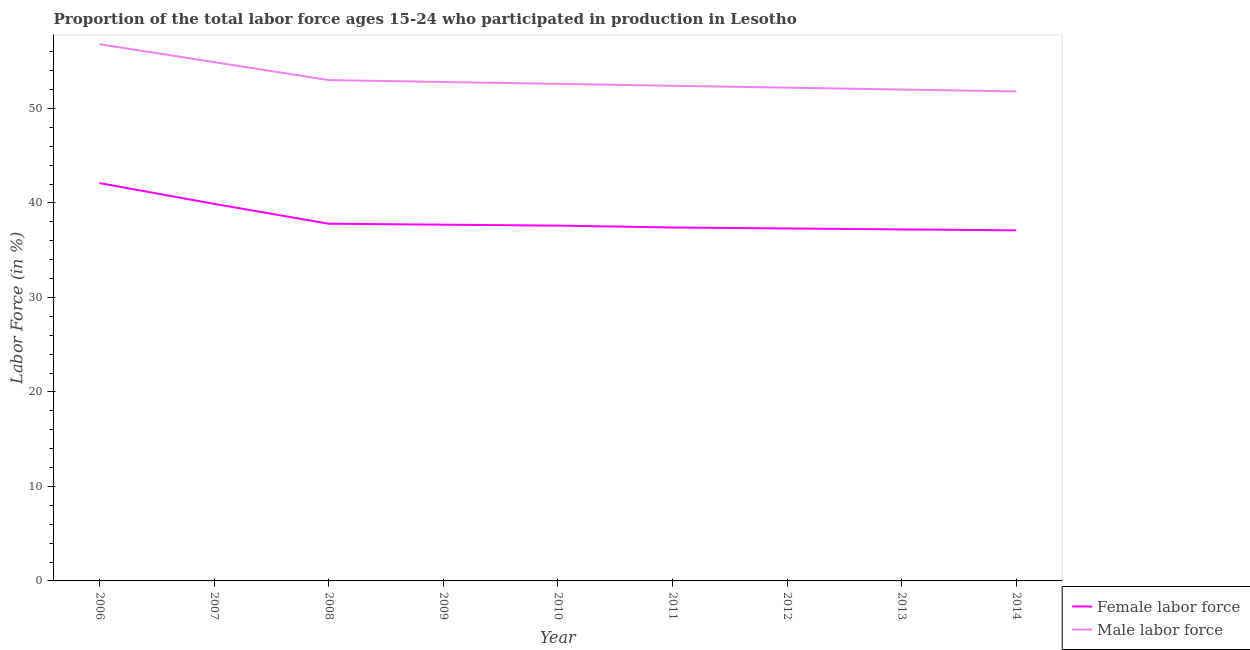
| Year | Female labor force | Male labor force |
 | --- | --- | --- |
 | 2006 | 42.1 | 56.8 |
 | 2007 | 39.9 | 54.9 |
 | 2008 | 37.8 | 53 |
 | 2009 | 37.7 | 52.8 |
 | 2010 | 37.6 | 52.6 |
 | 2011 | 37.4 | 52.4 |
 | 2012 | 37.3 | 52.2 |
 | 2013 | 37.2 | 52 |
 | 2014 | 37.1 | 51.8 |